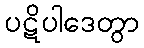
ပဋိပါဒေတွာ